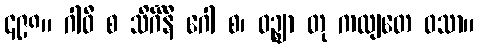
၄၉၈။ ဂါဝီ စ သိင်္ဂိနီ ဂေါ စ၊ ဝဉ္ဈာ တု ကထျတေ ဝသာ။